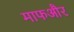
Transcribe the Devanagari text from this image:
माफऔर